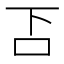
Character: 𠮴